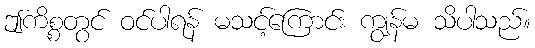
ဤကိစ္စတွင် ဝင်ပါရန် မသင့်ကြောင်း ကျွန်မ သိပါသည်။